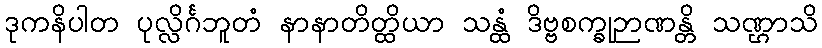
ဒုကနိပါတ ပုလ္လိင်္ဂဘူတံ နာနာတိတ္ထိယာ သန္ထံ ဒိဗ္ဗစက္ခုဉာဏန္တိ သဏ္ဌာသိ